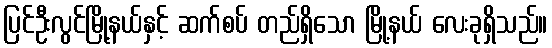
ပြင်ဦးလွင်မြို့နယ်နှင့် ဆက်စပ် တည်ရှိသော မြို့နယ် လေးခုရှိသည်။